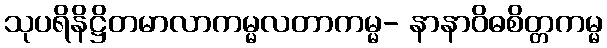
သုပရိနိဋ္ဌိတမာလာကမ္မလတာကမ္မ- နာနာဝိဓစိတ္တကမ္မ